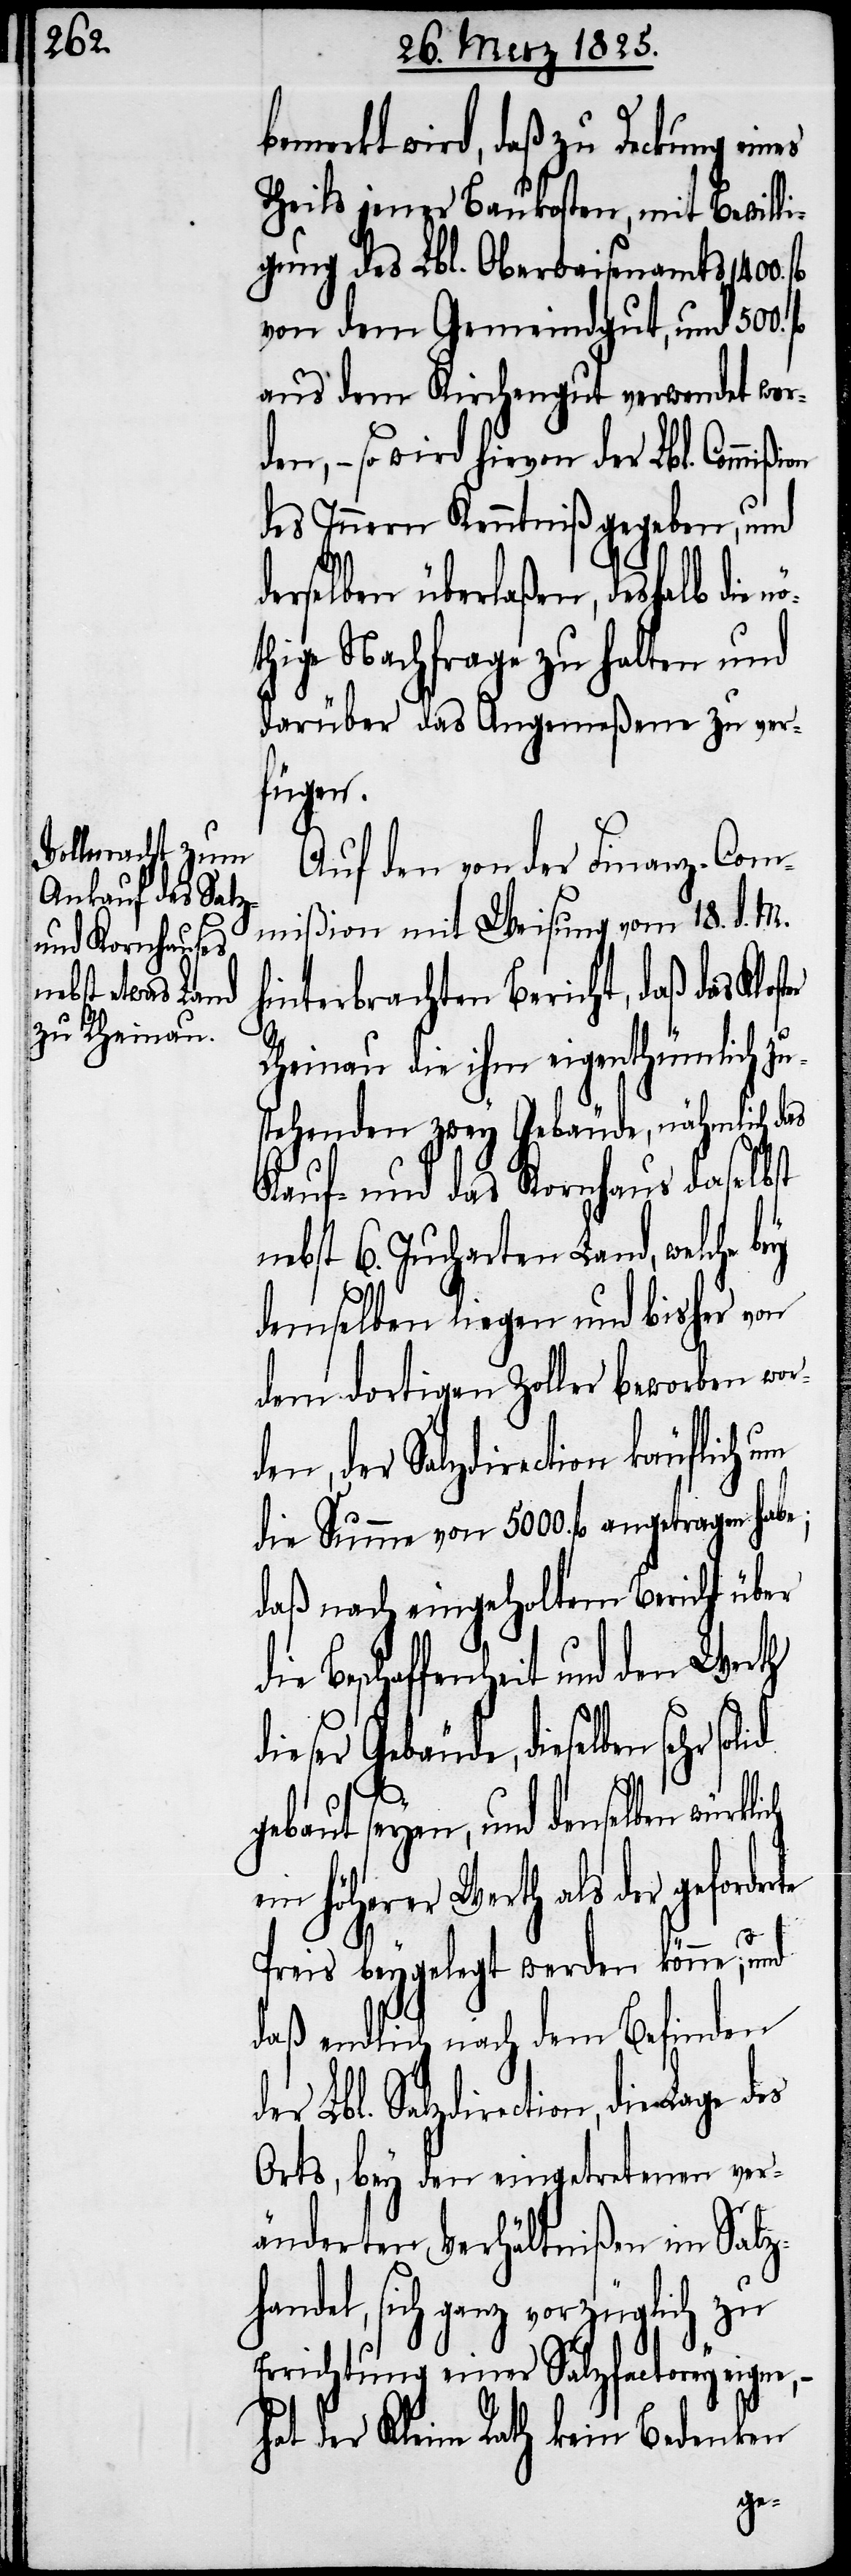
bemerkt wird, daß zu Deckung
Theils jener Baukosten, mit Bewilli¬
gung des Lbl. Oberwaisenamts 1400.
von dem Gemeindgut, und 500. fl
aus dem Kirchengut verwendet word¬
en, − so wird hievon der Lbl.
des Innern Kenntniß gegeben, und
derselben überlaßen, deshalb die
thige Nachfrage zu halten und
darüber das Angemeßene zu ver¬
fügen.
Auf den von der Finanz-Com¬
mißion mit Weisung vom 18. d. M.
hinterbrachten Bericht, daß das
Rheinau die ihm eigenthümlich zu¬
stehenden zwey Gebäude, nähmlich das
Kauf- und das Kornhaus daselbst
nebst 6. Jucharten Land, welche
demselben liegen und bisher von
dem dortigen Zoller beworben wor¬
den, der Salzdirection
die Summe von 5000. fl angetragen habe;
daß nach eingeholtem Bericht über
Beschaffenheit und den Werth
dieselben sehr solid
gebaut seyen, und denselben
ein höherer Werth als der
Preis beygelegt werden könne; und
daß endlich nach dem Befinden
der Lbl. Salzdirection, die Lage des
Orts, bey den eingetretenen ver¬
änderten Verhältnißen im Salz¬
handel, sich ganz vorzüglich zu
Errichtung einer Salzfactorey eigne,
hat der Kleine Rath kein Bedenken
nö¬